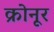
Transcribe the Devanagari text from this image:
क्रोनूर